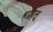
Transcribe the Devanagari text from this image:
श्रद्वालू